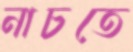
নাচতে